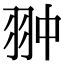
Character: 翀